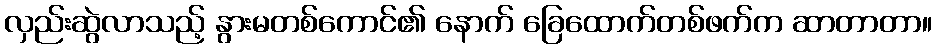
လှည်းဆွဲလာသည့် နွားမတစ်ကောင်၏ နောက် ခြေထောက်တစ်ဖက်က ဆာတာတာ။